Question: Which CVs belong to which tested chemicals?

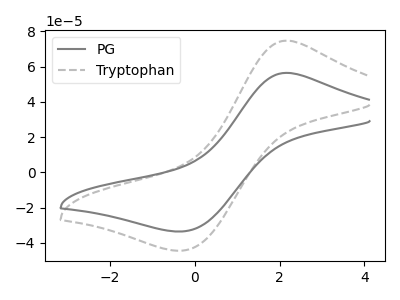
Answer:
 <answer>The gray curve is labeled "PG". The gray dashed curve is labeled "Tryptophan".</answer>
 <eval></eval>